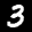
Label: 3